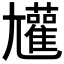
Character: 𡰝